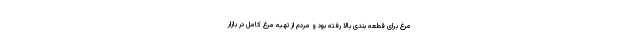
مرغ برای قطعه بندی بالا رفته بود و مردم از تهیه مرغ کامل در بازار